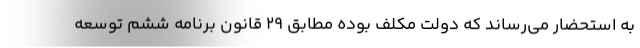
به استحضار می‌رساند که دولت مکلف بوده مطابق 29 قانون برنامه ششم توسعه